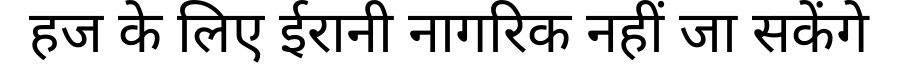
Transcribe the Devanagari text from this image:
हज के लिए ईरानी नागरिक नहीं जा सकेंगे